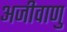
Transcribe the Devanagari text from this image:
अजीवाणु